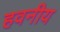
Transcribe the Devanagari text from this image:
हवनीय